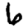
Digit: 6